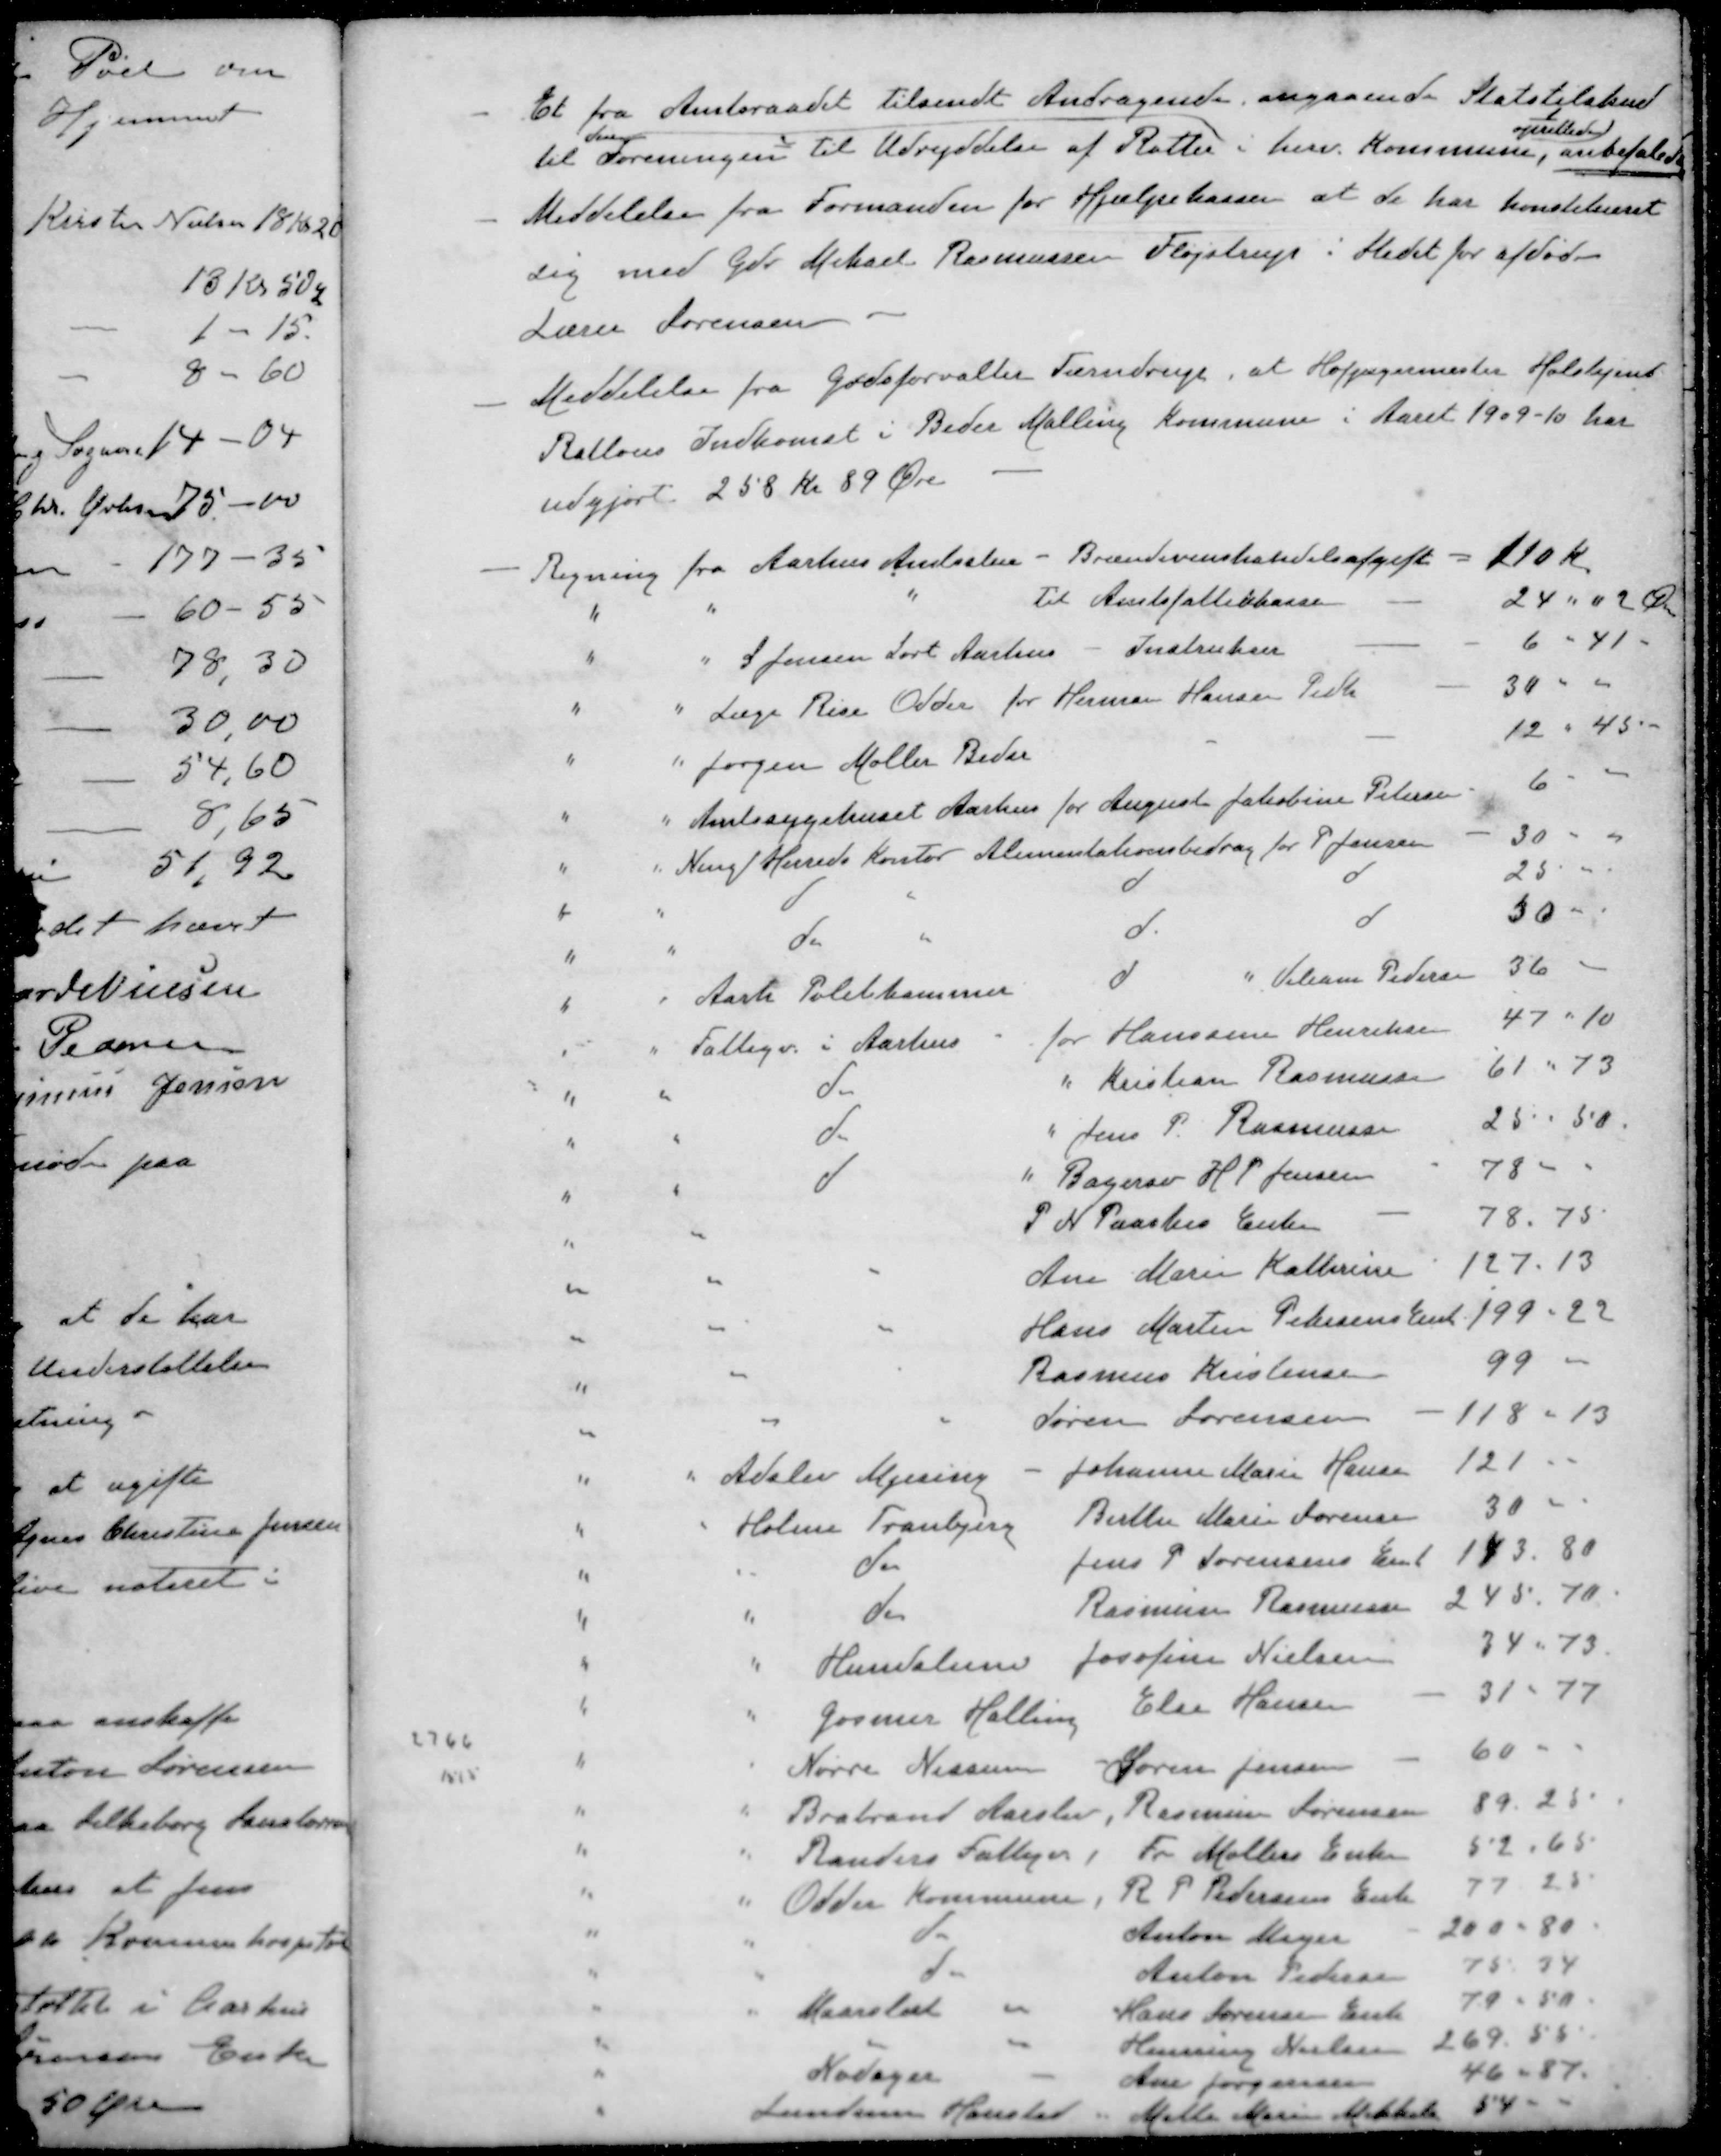
Transskription:
- Et fra Amtsraadet tilsendt Andragende angaaende Statstilskud
deres
opoprettedes
til Foreningen til Udryddelse af Rotter i herv. Kommune, anbefalede
- Meddelelse fra Formanden for Hjælpekassen at de har konstitueret
sig med Gdr Mikael Rasmussen Fløjstrup i Stedet for afdød
Lærer Sørensen
- Meddelelse fra Godsforvalter Tærndrup, at Hofjægermester Holstjent
Ratlous Indkomst i Beder Malling Kommune i Aaret 1909-10 har
udgjort 258 kr 89 Øre
- Regning fra Aarhus Amtsstue - Brændevinshandelsafgift
110 Kr.
" " " til Amtsfattikkasse
24 " 02 Øre
" " S Jensen Sort Aarhus - Instrukser
6 - 41 -
" " Læge Rise Odder for Herman Hansen Pedh
30 "
" " Jørgen Møller Beder
12 " 45 -
" " Amtssygehuset Aarhus for Augusta Jakobine Petersen
6 "
" " Ning Herreds Kontor Alimentationsbidrag for P Jensen
30 "
" " d " d d
25 "
" " do " d d
30 "
" " Aarh Politikammer d " Viliam Pedersen
36 "
" " Fattigv. i Aarhus for Hanssine Henriksen
47 " 10
" " d " Kristian Rasmussen
61 " 73
" " d "Jens P. Rasmussen
25 " 50.
" " d " Bagersv H. P. Jensen
78 "
" " P. N. Paaskes Enke
78 . 75
" " " Ane Marie Kathrine
127 . 13
" " " Hans Martin Petersens Enk
199 " 22
" " " Rasmus Kristensen
99 "
" " " Søren Sørensen
118 " 13
" " Adslev Mjesing Johanne Marie Hansen
121 "
" " Holme Tranbjerg Birthe Marie Sørensen
30 "
" " do Jens P Sørensens Enk
143 . 80
" " do Rasmine Rasmussen
245 . 70
" " Hundslun Josfine Nielsen
34 " 73
" " Gosmer Halling Else Hansen
31 " 77
" " Nørre Nissum Søren Jensen
60 "
" " Brabrand Aarslev, Rasmine Sørensen
89 . 25
" " Randers Fattigv, Fr Møllers Enke
52 " 65
" " Odder Kommune, R P Pedersens Enke
77 25
" " do Anton Meyer
200 " 80
" " do Anton Pedersen
75 34
" " Maarslet " Hans Sørensen Enke
79 " 50
" " " Henning Nielsen
269 . 55
" Nødager " Ane Jørgensen
46 " 87.
" Lundum Hansted " Mette Maren Mikkels
54 "